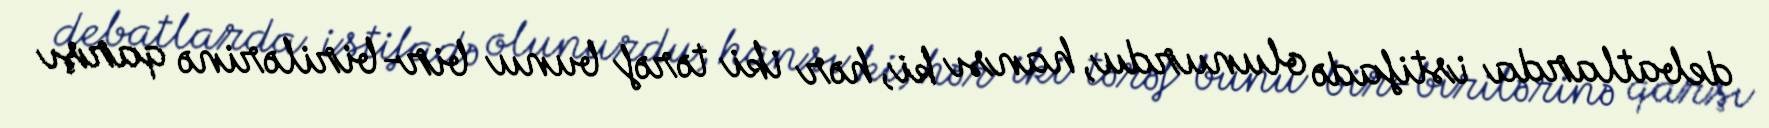
debatlarda istifadə olunurdu, hansı ki, hər iki tərəf bunu bir-birilərinə qarşı